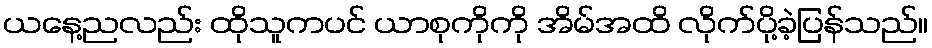
ယနေ့ညလည်း ထိုသူကပင် ယာစုကိုကို အိမ်အထိ လိုက်ပို့ခဲ့ပြန်သည်။